Lunatic asylums United Provinces 1909-1921 - 1909-1921
Year: 1909
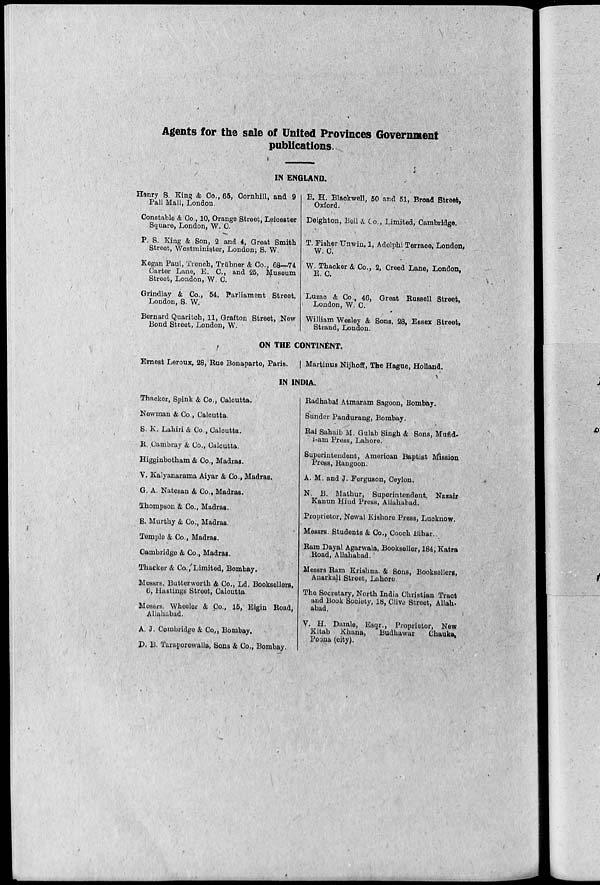
Agents for the sale of United Provinces Government
publications.
IN ENGLAND.
Henry S. King & Co., 65, Cornhill, and 9
Pall Mall, London.
Constable & Co., 10, Orange Street, Leicester
Square, London, W.C.
P. S. King & Son, 2 and 4, Great Smith
Street, Westminister, London; S. W.
Kegan Paul, Trench, Trübner & Co., 68—74
Carter Lane, E. C., and 25, Museum
Street, London, W. C.
Grindlay & Co., 54, Parliament Street,
London, S. W.
Bernard Quaritch, 11, Grafton Street, New
Bond Street, London, W.
B. H. Blackwell, 50 and 51, Broad Street,
Oxford.
Deighton, Bell & Co., Limited, Cambridge.
T. Fisher Unwin, 1, Adelphi Terrace, London,
W. C.
W. Thacker & Co., 2, Creed Lane, London.
E.C.
Luzac & Co., 46, Great Russell Street,
London, W. C.
William Wesley & Sons, 28, Essex Street,
Strand, London.
ON THE CONTINENT.
Ernest Leroux, 28, Rue Bonaparte, Paris.
Martinus Nijhoff, The Hague, Holland.
IN INDIA.
Thacker, Spink & Co., Calcutta.
Newman & Co., Calcutta.
S. K. Lahiri & Co., Calcutta.
R. Cambray & Co., Calcutta.
Higginbotham & Co., Madras.
V. Kalyanarama Aiyar & Co., Madras.
G. A. Natesan & Co., Madras.
Thompson & Co., Madras.
S. Murthy & Co., Madras.
Temple & Co., Madras.
Cambridge & Co., Madras.
Thacker & Co., Limited, Bombay.
Messrs. Butterworth & Co., Ld. Booksellers,
6, Hastings Street, Calcutta.
Messrs. Wheeler & Co., 15, Eigin Road,
Allahabad.
A. J. Combridge & Co., Bombay,
D. B. Taraporewalla, Sons & Co., Bombay.
Radhabai Atmaram Sagoon, Bombay.
Sunder Pandurang, Bombay.
Rai Sahaib M. Gulab Singh & Sons, Mufld-
i-am Press, Lahore.
Superintendent, American Baptist Mission
Press, Rangoon.
A. M. and J. Ferguson, Ceylon.
N. B. Mathur, Superintendent, Nazair
Kanun Hind Press, Allahabad.
Proprietor, Newal Kishore Press, Lucknow.
Messrs. Students & Co., Coooh Bihar.
Ram Dayal Agarwala, Bookseller, 184, Katra
Road, Allahabad.
Messrs Ram Krishna. & Sons, Booksellers,
Anarkali Street, Lahore.
The Secretary, North India Christian Tract
and Book Society, 18, Clive Street; Allah-
abad.
V. H. Damle, Esqr., Proprietor, New
Kitab Khana,
Budhawar
Chauka.
Poona (city).